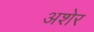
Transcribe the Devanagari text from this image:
अशेर